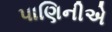
પાણિનીએ